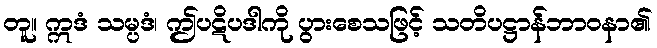
တူ။ ဣဒံ သမ္ပဒံ၊ ဤပဋိပဒါကို ပွားစေသဖြင့် သတိပဋ္ဌာန်ဘာဝနာ၏